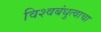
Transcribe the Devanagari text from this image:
विश्वबंधुत्वाचा